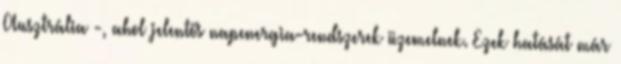
Ausztrália -, ahol jelentős napenergia-rendszerek üzemelnek. Ezek hatását már